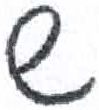
אות: ש